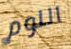
اللوم